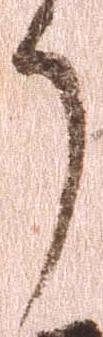
了